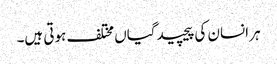
ہر انسان کی پیچیدگیاں مختلف ہوتی ہیں۔